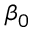
\beta _ { 0 }